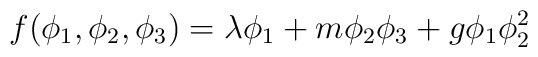
f (\phi_1, \phi_2, \phi_3) = \lambda \phi_1 + m \phi_2 \phi_3 + g \phi_1  \phi_2^2